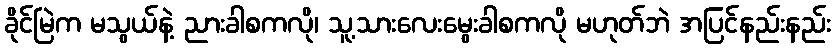
ခိုင်မြဲက မသွယ်နဲ့ ညားခါစကလို၊ သူ့သားလေးမွေးခါစကလို မဟုတ်ဘဲ အပြင်နည်းနည်း